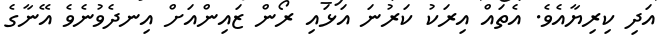
އަދި ކިރިޔާއެވެ. އެތައް އިރަކު ކަރުނަ އަޅައި ރޯން ޒައިންއަށް އިނދެވުނެވެ އޭނާގެ